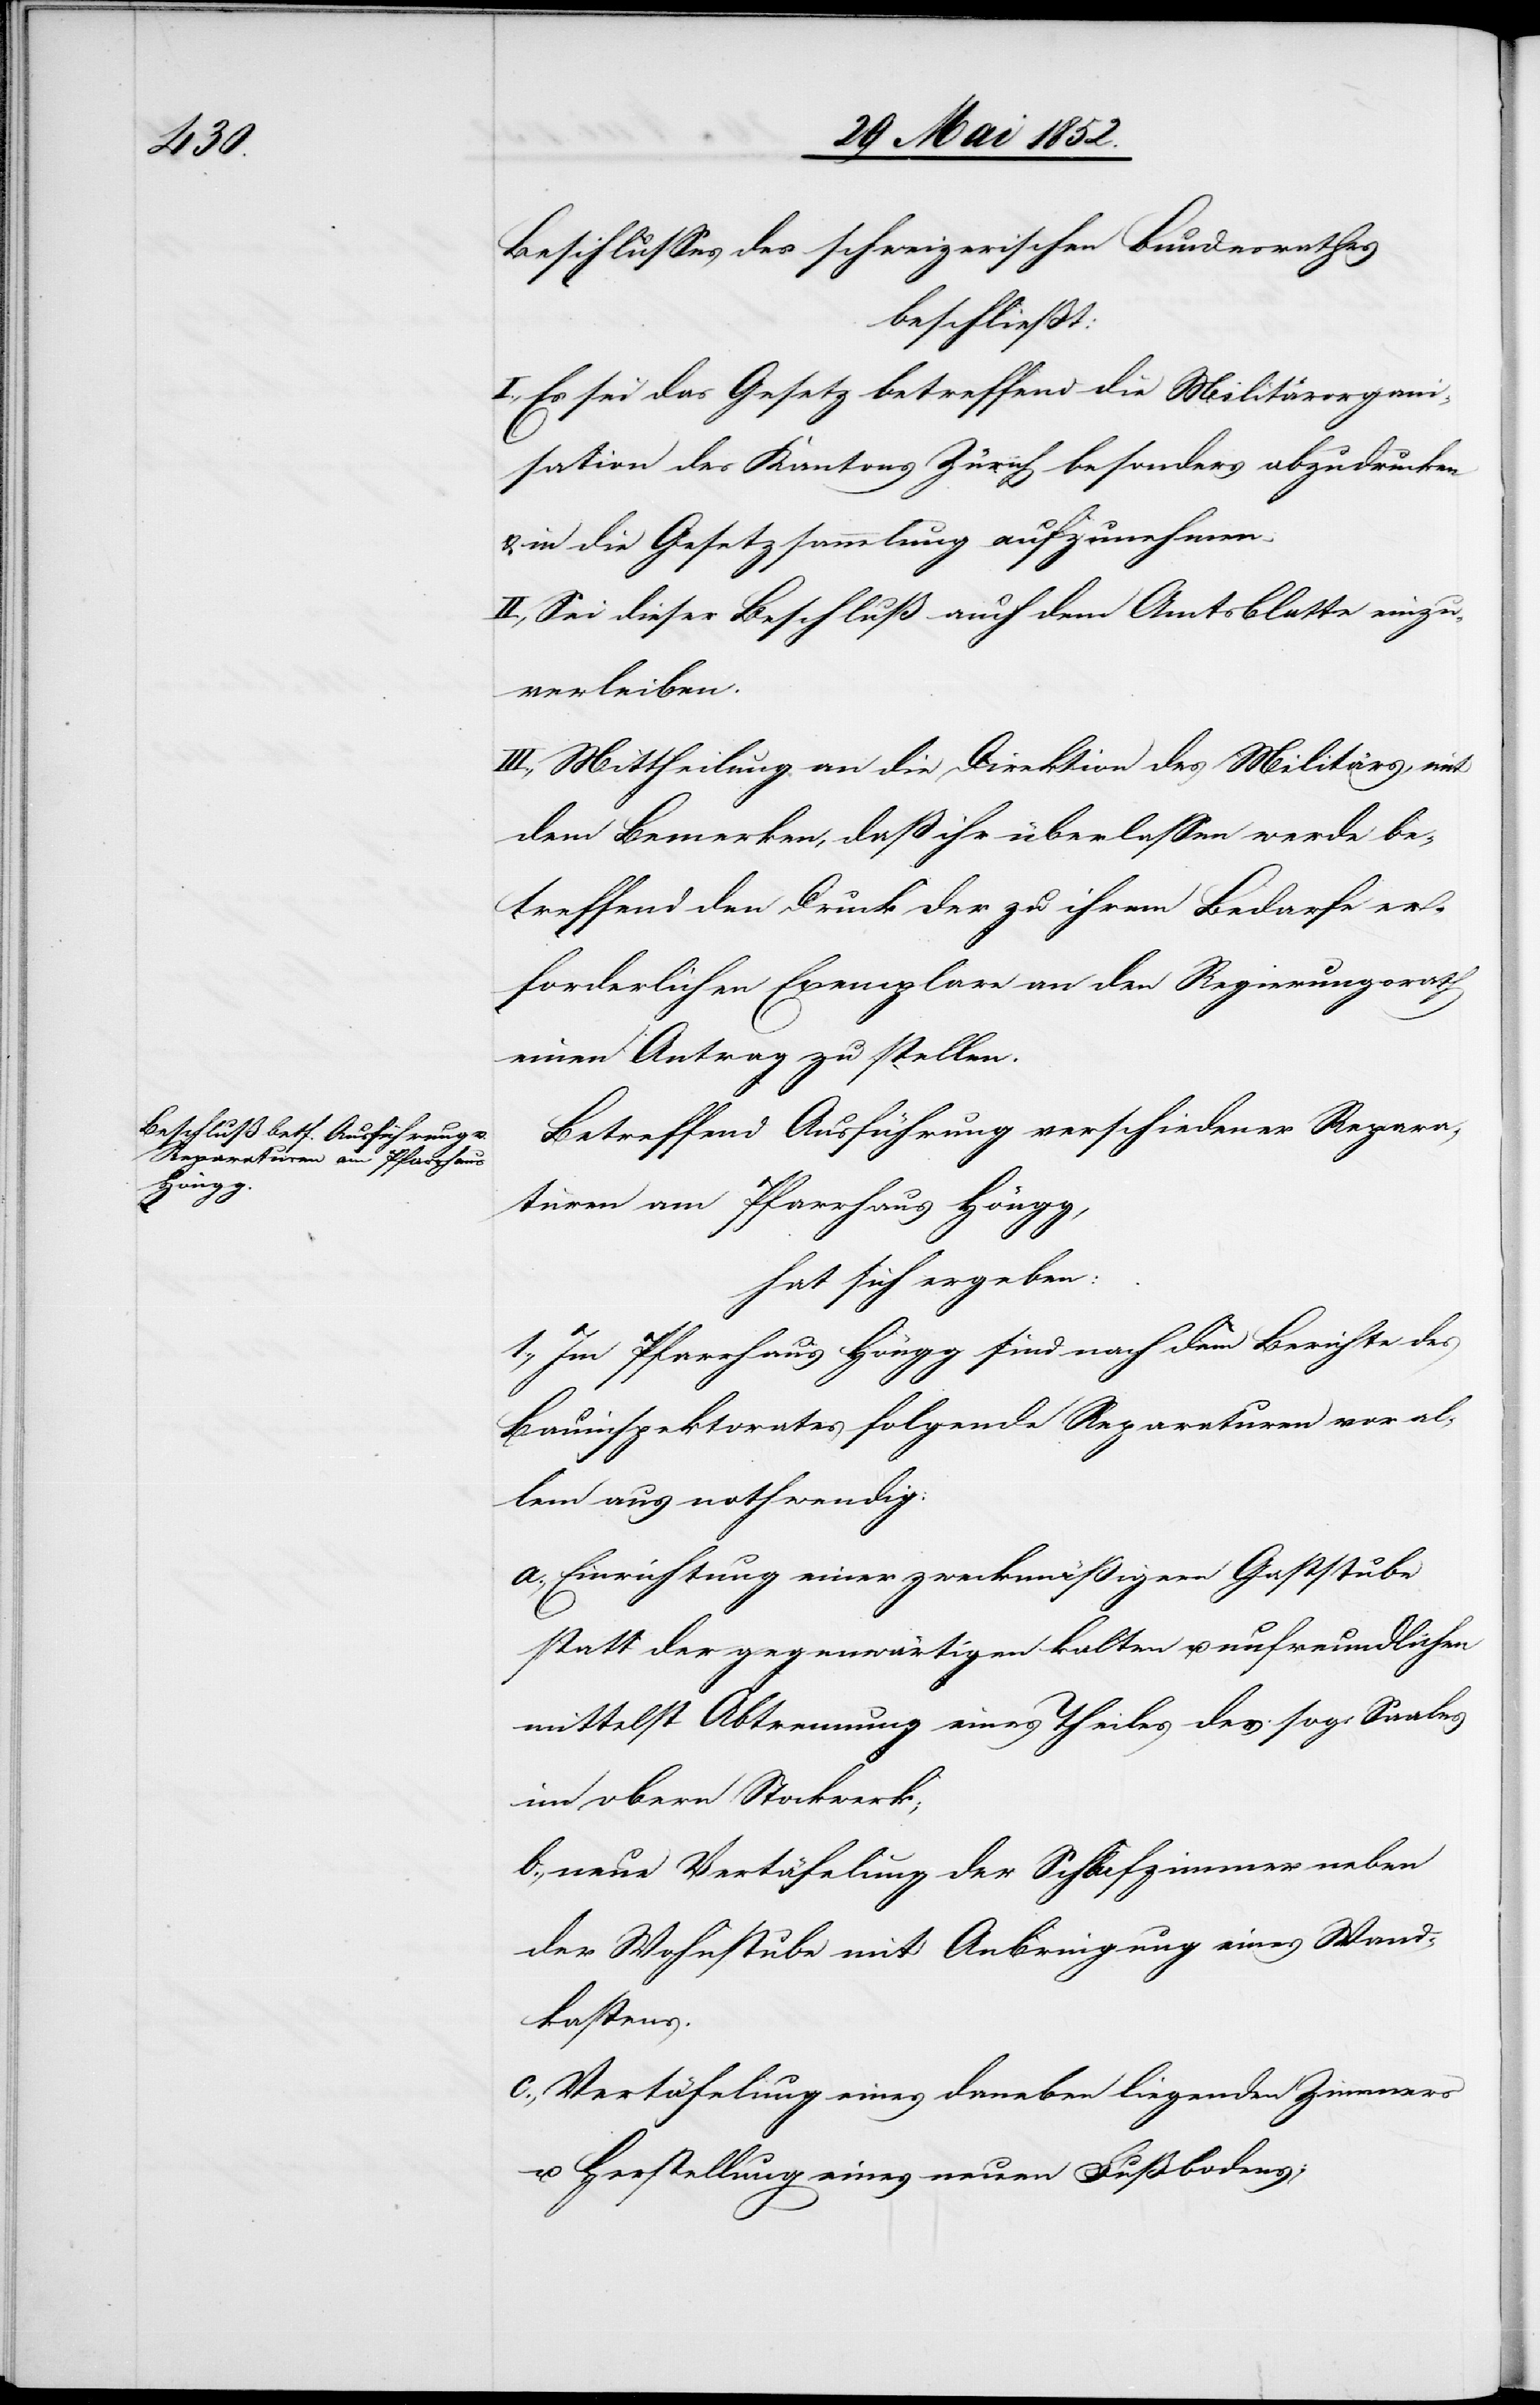
Beschlusses des schweizerischen Bundesrathes
beschliesst:
I., Es sei das Gesetz betreffend die Militärorgani¬
sation des Kantons Zürich besonders abzudrucken
in die Gesetzsammlung aufzunehmen.
II., Sei dieser Beschluß auch dem Amtsblatte einzu¬
verleiben.
III., Mittheilung an die Direktion des Militärs, mit
dem Bemerken, daß ihr überlassen werde be¬
treffend den Druck der zu ihrem Bedarfe er¬
forderlichen Exemplare an den Regierungsrath
einen Antrag zu stellen.
Betreffend Ausführung verschiedener Repara¬
turen am Pfarrhaus Höngg,
hat sich ergeben:
1., Im Pfarrhaus Höngg sind nach dem Berichte des
Bauinspektorates folgende Reparaturen vor al¬
lem aus nothwendig:
Einrichtung einer zweckmäßigen Gaststube
statt der gegenwärtigen kalten u. unfreundlichen
mittelst Abtrennung eines Theiles des sog: Saales
im obern Stockwerk;
neue Vertäfelung der Schlafzimmer neben
der Wohnstube mit Anbringung eines Wand¬
kastens.
Vertäfelung eines daneben liegenden Zimmers
u. Herstellung eines neuen Fußbodens;